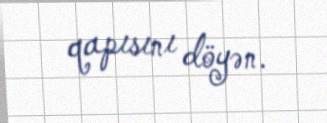
qapısını döyən.